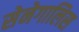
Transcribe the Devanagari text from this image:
सेनेगालिस